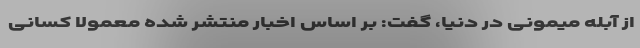
از آبله میمونی در دنیا، گفت: بر اساس اخبار منتشر شده معمولا کسانی